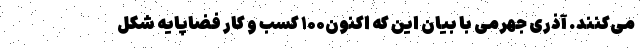
می‌کنند. آذری جهرمی با بیان این که اکنون۱۰۰ کسب و کار فضاپایه شکل